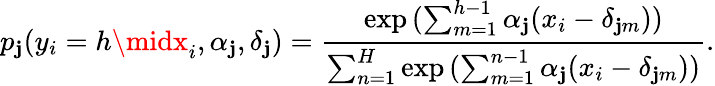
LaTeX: p_{\mathbf{j}}(y_{i}=h\midx_{i},\alpha_{\mathbf{j}},\delta_{\mathbf{j}})=\frac{{\exp{(\sum_{m=1}^{h-1}\alpha_{\mathbf{j}}(x_{i}-\delta_{\mathbf{j}m}))}}}{{\sum_{n=1}^{H}\exp{(\sum_{m=1}^{n-1}\alpha_{\mathbf{j}}(x_{i}-\delta_{\mathbf{j}m}))}}}.